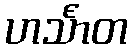
ဟင်္သာတ